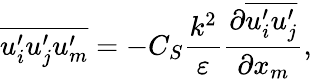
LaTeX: \overline{{u_{i}^{\prime}u_{j}^{\prime}u_{m}^{\prime}}}=-C_{S}\frac{k^{2}}{\varepsilon}\frac{\partial\overline{{u_{i}^{\prime}u_{j}^{\prime}}}}{\partial x_{m}},